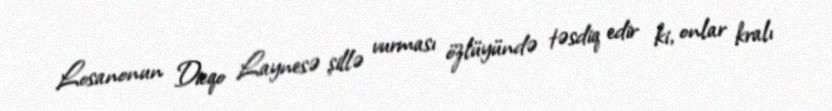
Losanonun Dieqo Laynesə şillə vurması özlüyündə təsdiq edir ki, onlar kralı